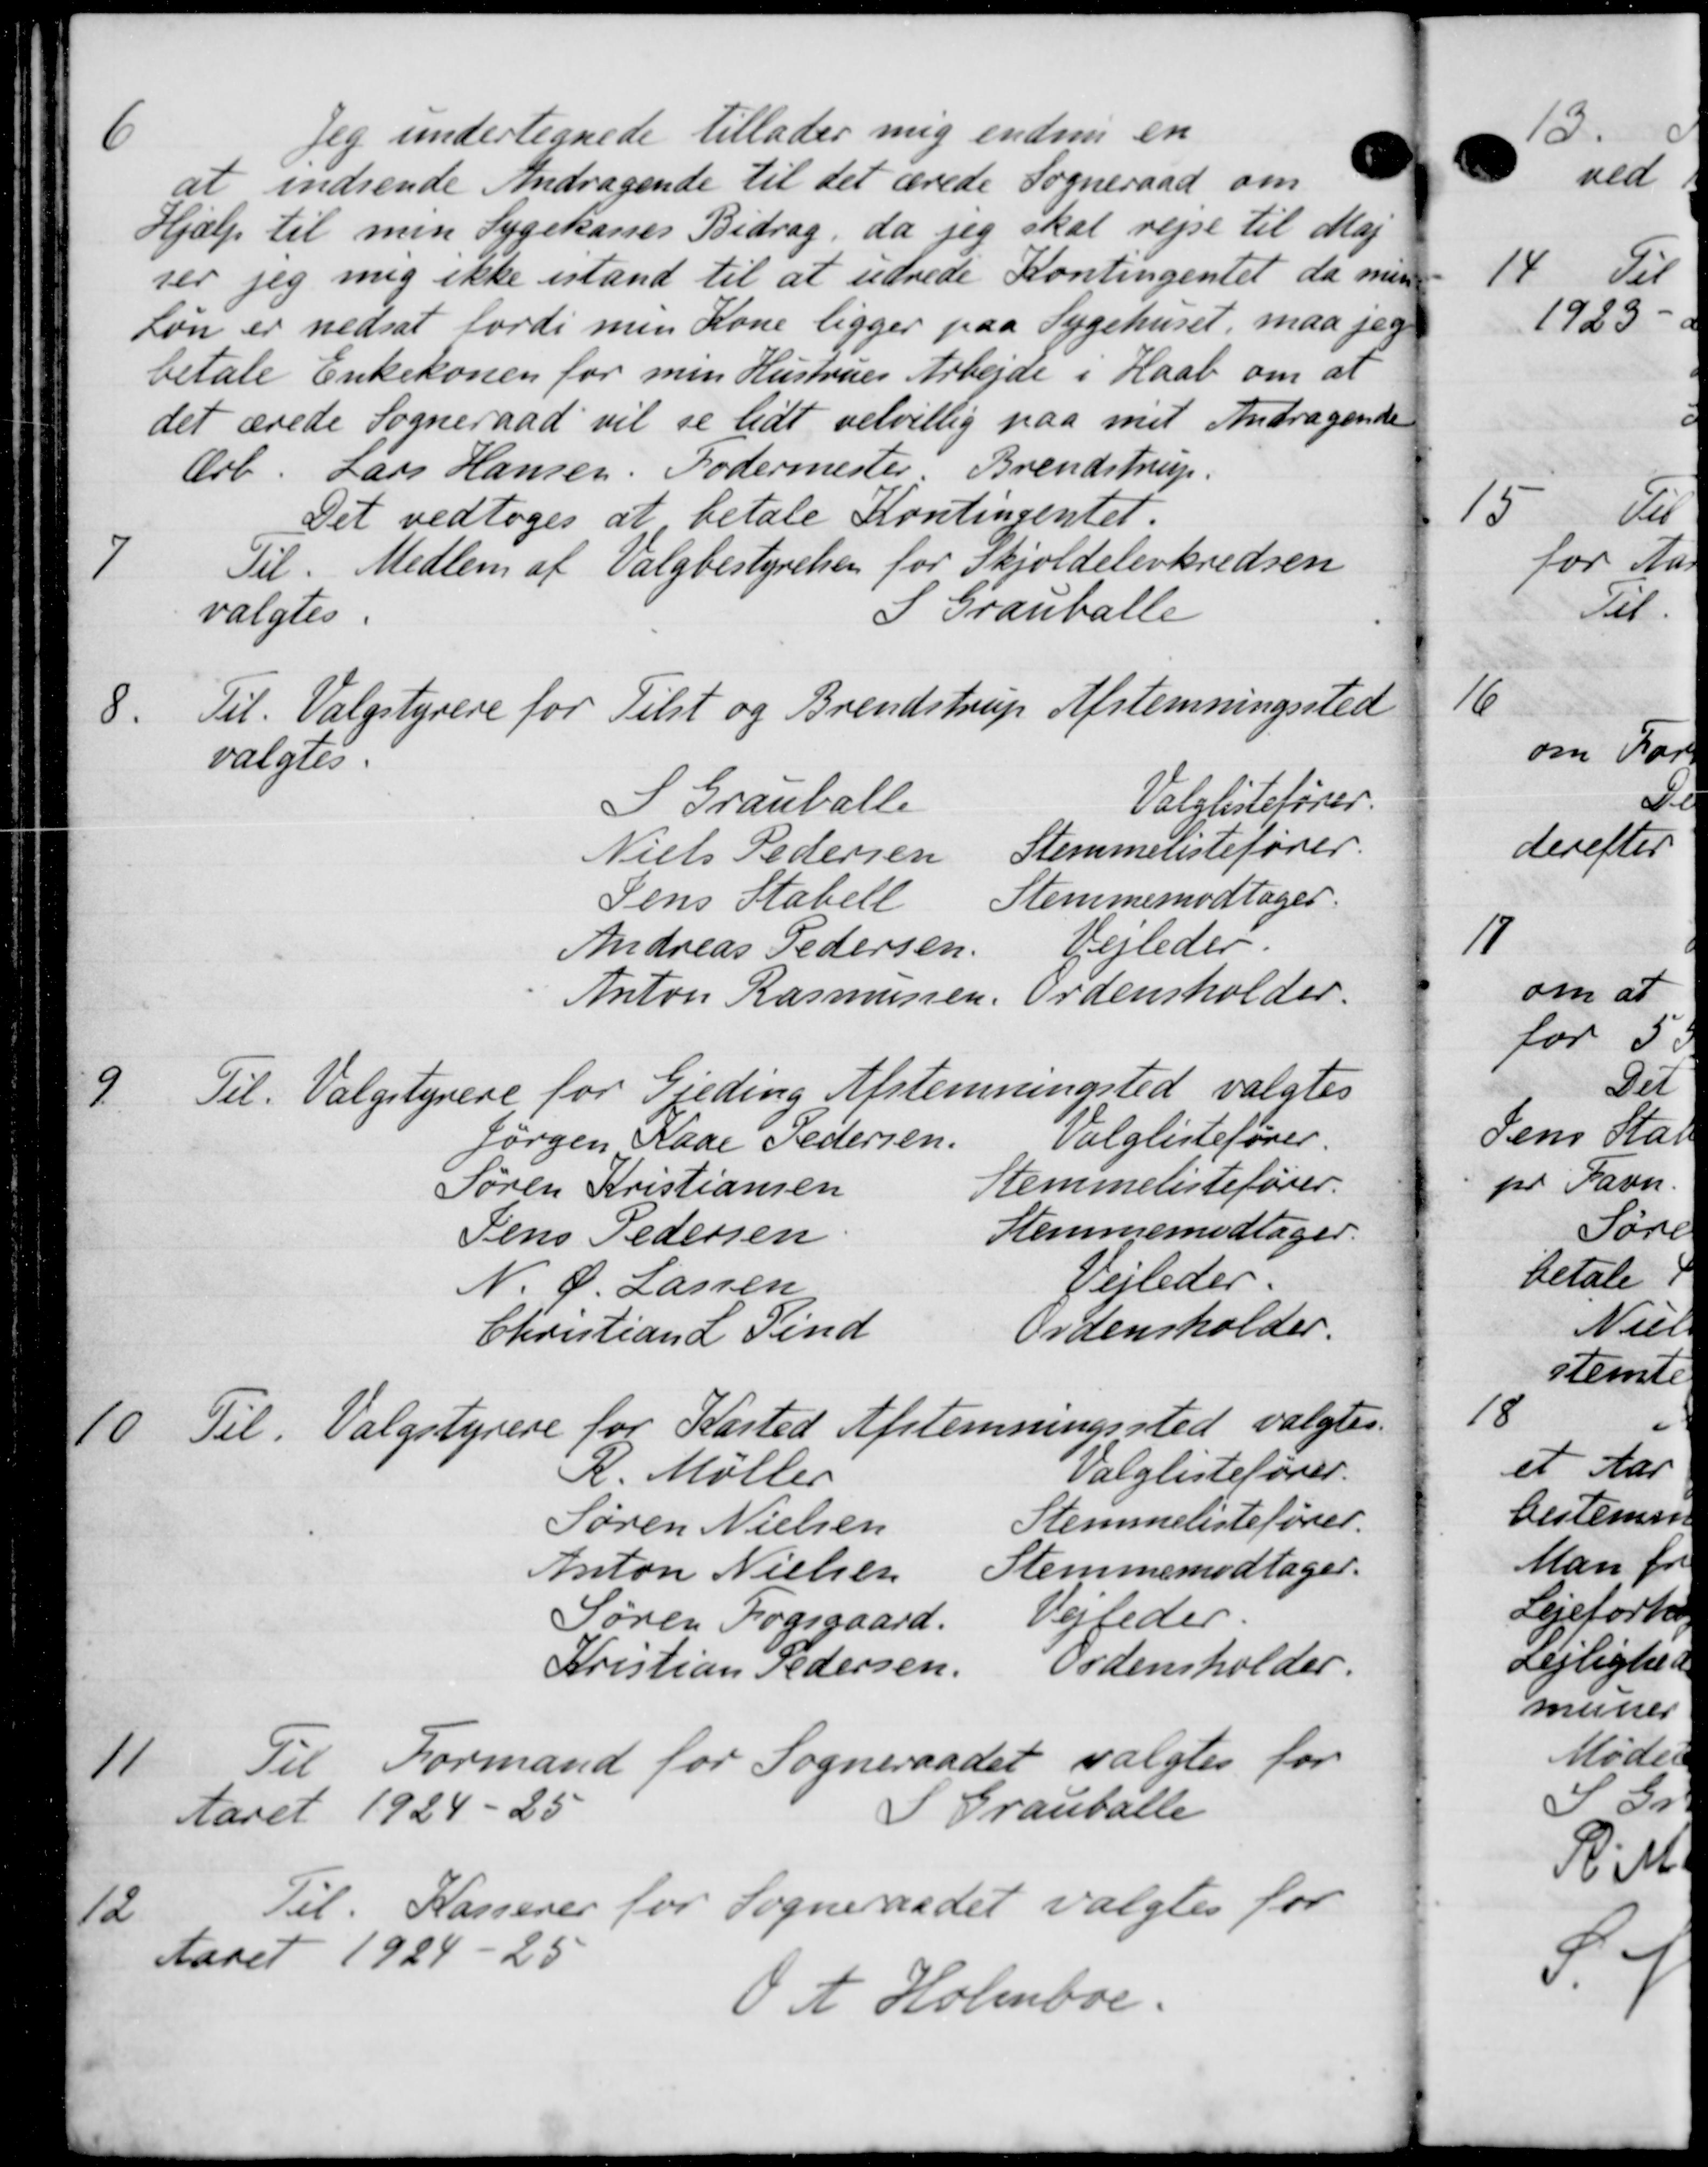
Transskription:
6
Jeg undertegnede tillader mig endnu en
at indsende Andragende til det ærede Sogneraad om
Hjælp til min Sygekasses Bidrag, da jeg skal rejse til Maj
ser jeg mig ikke istand til at udrede Kontingentet da men-
Løn er nedsat fordi men Kone ligger paa Sygehuset, maa jeg
betale Enkekonen for min Hustrues Arbejde i Haab om at
det ærede Sogneraad vil se lidt velvillig paa mit Andragende
Ærb. Lars Hansen. Fodermester, Brendstrup.
Det vedtoges at betale Kontingentet.
7
Til. Medlem af Valgbestyrelsen for Skjoldelevkredsen
S Grauballe
valgtes.
8.
Til Valgstyrere for Tilst og Brendstrup Afstemningssted
valgtes
S Grauballe
Valglistefører.
Niels Pedersen
Stemmelistefører.
Jens Stabell
Stemmemodtager:
Andreas Pedersen
Vejleder.
Anton Rasmussen.
Ordensholder.
9
Til. Valgstyrere for Gjeding Afstemningsted valgtes
Jørgen Kaae Pedersen.
Valglistefører.
Søren Kristiansen
Stemmelistefører.
Jens Pedersen
Stemmemodtager.
N. P. Lassen
Vejledes.
Christian L. Lind
Ordensholder.
10
Til. Valgstyrere for Kasted Afstemningssted valgtes.
R. Møller
Valglistefører.
Søren Nielsen
Stemmelistefører.
Anton Nielsen
Stemmemodtager.
Søren Fogsgaard.
Vejleder.
Kristian Pedersen
Ordensholder.
11
Til Formand for Sogneraadet valgtes for
Aaret 1924-25
Grauballe
12
Til Kasserer for Sogneraadet valgtes for
Aaret 1924-25
OA Holmboe